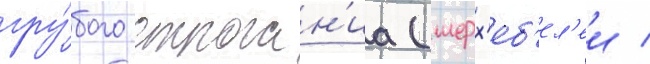
гру́бого строган'иа (шерх'еб'ел'еи /